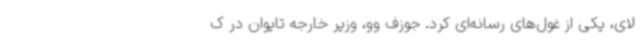
لای، یکی از غول‌های رسانه‌ای کرد. جوزف وو، وزیر خارجه تایوان در ک